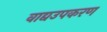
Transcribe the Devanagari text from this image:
वाद्यउपकरण